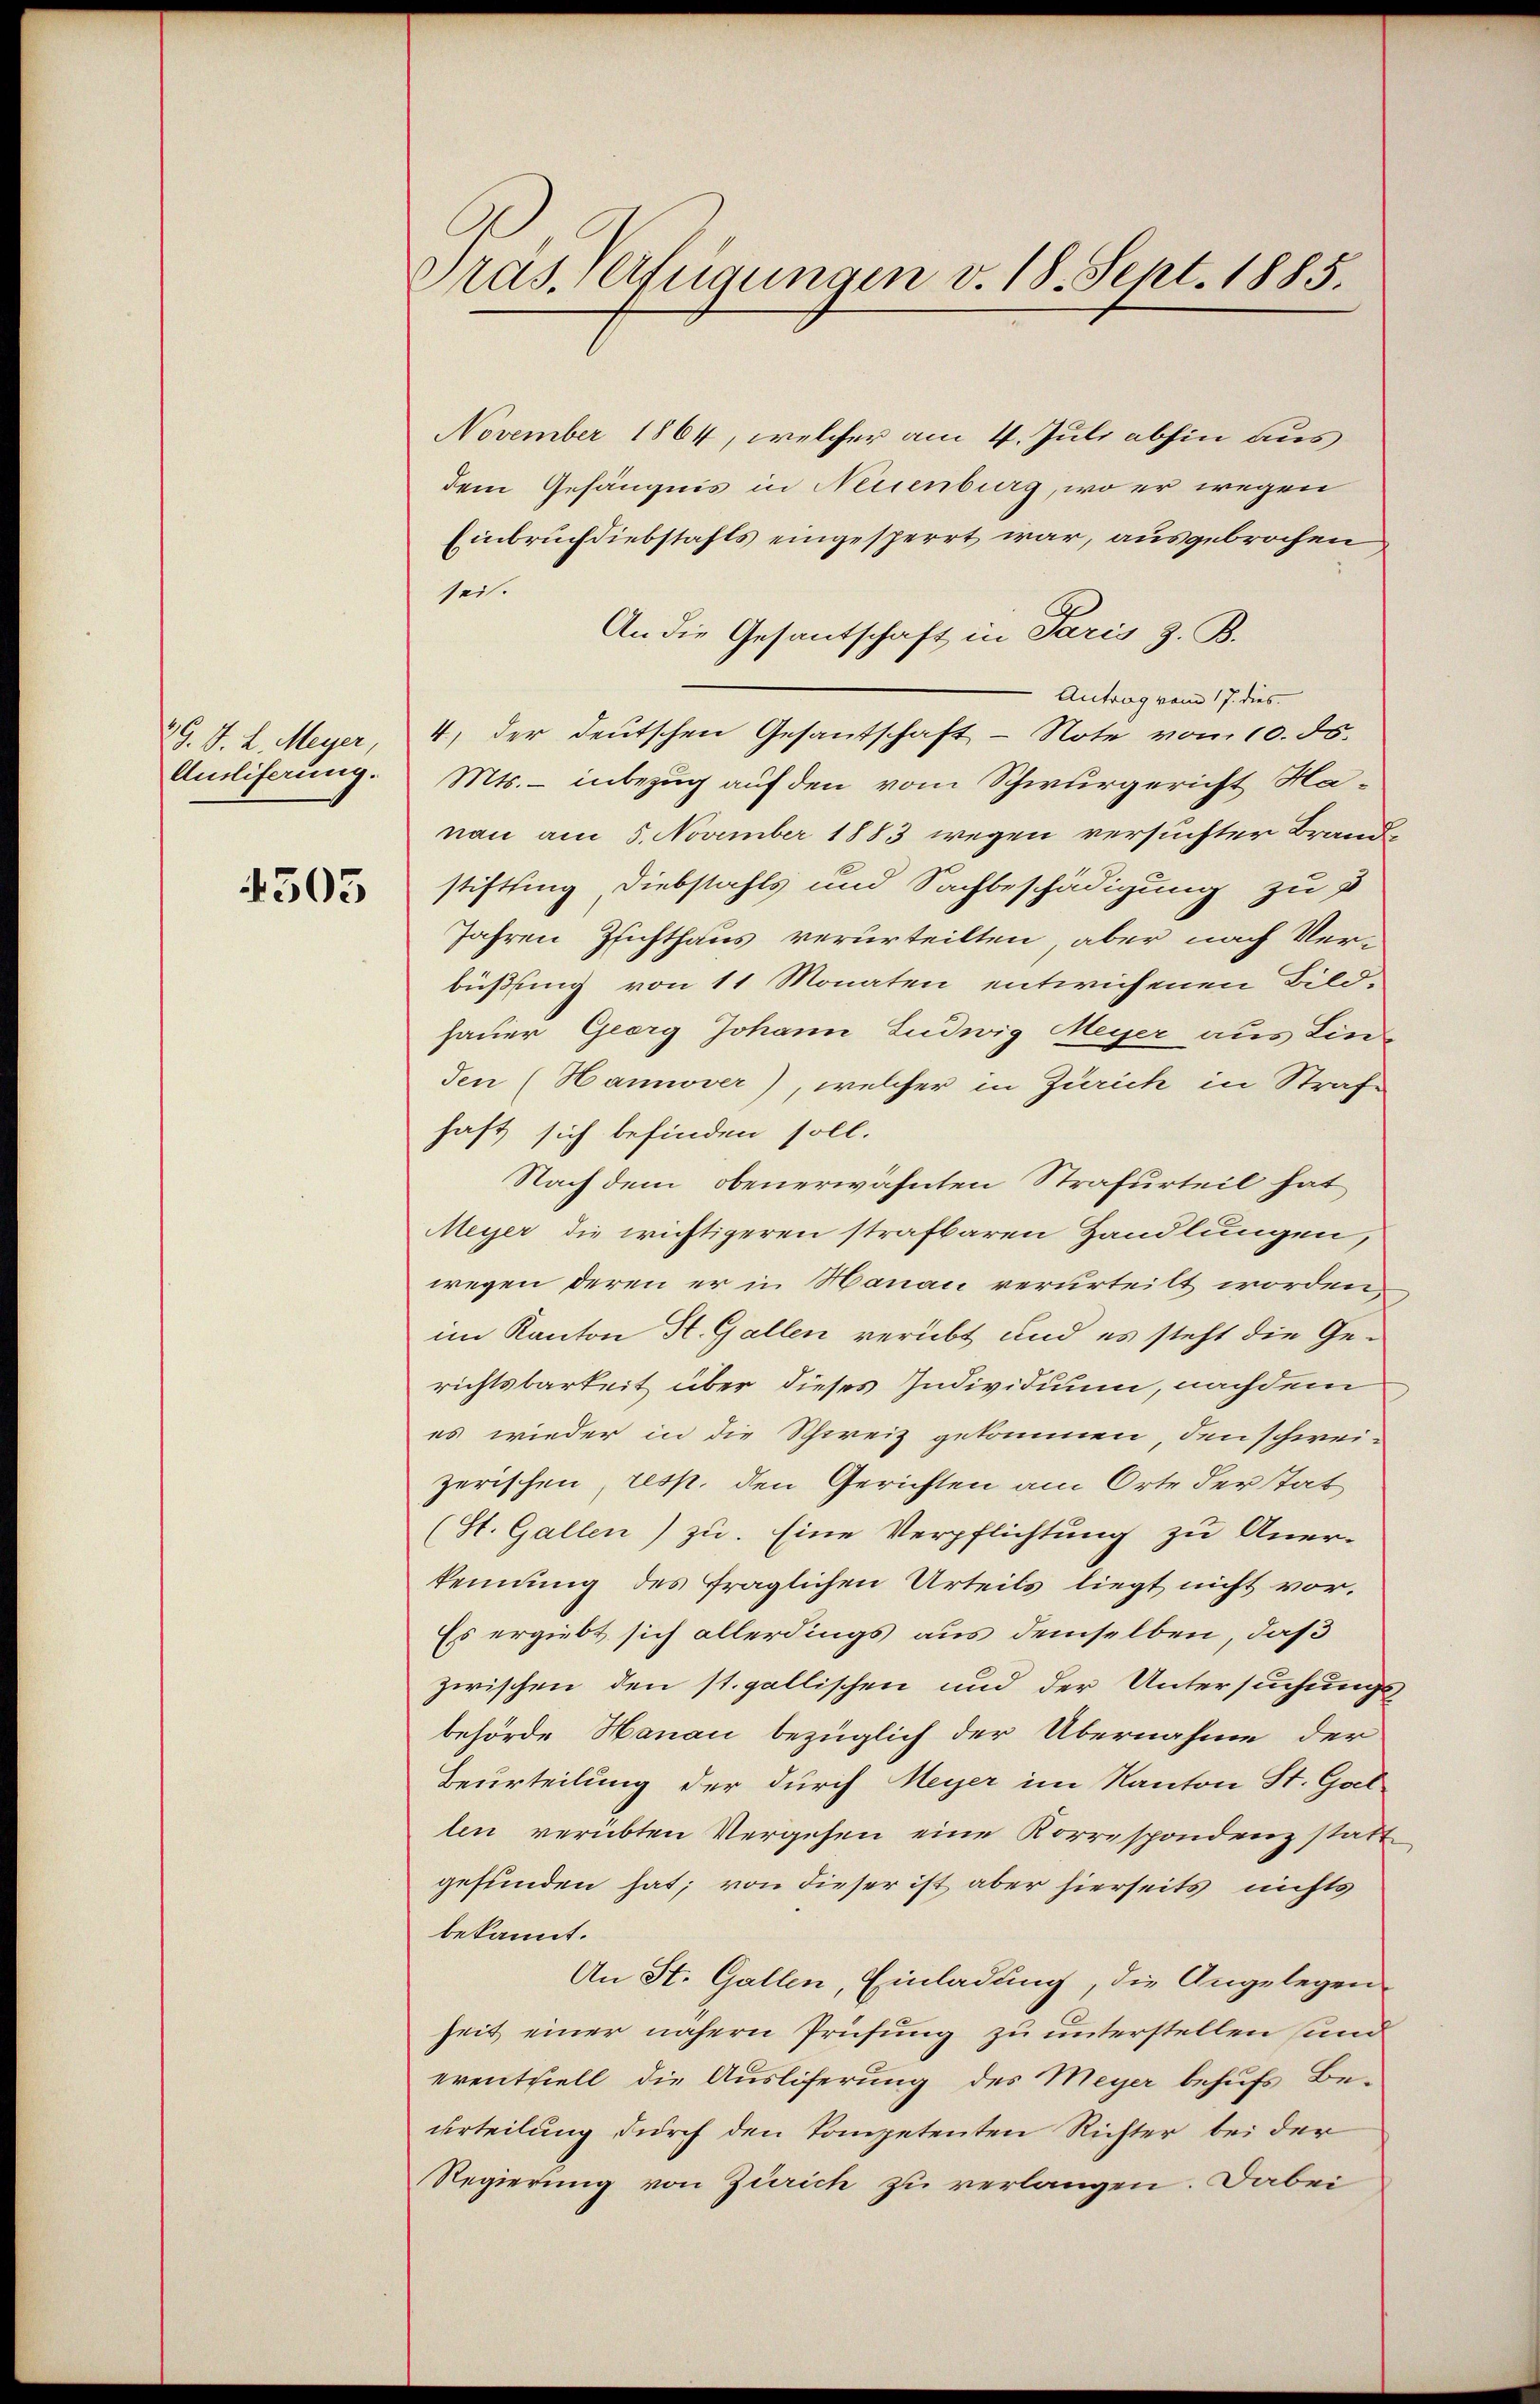
79. V. L. Meyer,
Ansliferung.

4505

Tras Verfügungen v. 18. Sept. 1885.

November 1864, welcher am 4. Juli abhin aus
dem Gefängnis in Neuenburg, wo er wegen
Einbruchdiebstafts eingesperrt war, ausgebrochen
sei.
An die Gesandtschaft in Paris z. B.
Antrag vom 17. dies
4) der deutschen Gesantschaft - Note vom 10. ds.
Mts. - inbezug auf den vom Schwurgericht Hanau am 5. November 1883 wegen versuchter Brandstiftling Diebstahls und Sachbeschädigung zu 3
Jahren Zichthaus verurteilten, aber nach Ver-
büßung von 11 Monaten entwichenen Bild-
hauer Georg Johann Ludwig Meyer aus Linden (Hannover), welcher in Zürich in Strafe
haft sich befinden soll.
Nach dem obenerwähnten Strafurteil hat
Meyer die wichtigeren strafbaren Handlungen,
wegen deren er in Hanau verurteilt worden,
im Kanton St. Gallen verübt und es steht die Gerichtsbarkeit über dieses Individuum, nachdem
es wieder in die Schweiz gekommen, den schwei-
zerischen, resp. den Gerichten am Orte der Tat
(St. Gallen) zu. Eine Verpflichtung zu Aner-
kennung des fraglichen Urteils liegt nicht vor.
Es ergiebt sich allerdings aus demselben, daß
zwischen den st. gallischen und der Untersuchungs-
behörde Hanau bezüglich der Übernahme der
Beurteilung der durch Meyer im Kanton St. Goet
len verübten Vergehen eine Korrespondenz statt
gefunden hat; von dieser ist aber hierseits nichts
bekannt.
An St. Gallen, Einladung, die Angelegen
heit einer nähern Prüfung zu unterstellen sind
erentziell die Auslieferung des Meyer behufs Beurteilung durch den kompetenten Richter bei der
Regierung von Zürich zu verlangen. Dabei